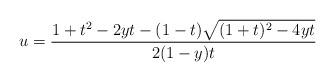
LaTeX: \begin{align*}u=\frac{1+t^{2}-2yt-(1-t)\sqrt{(1+t)^{2}-4yt}}{2(1-y)t}\end{align*}